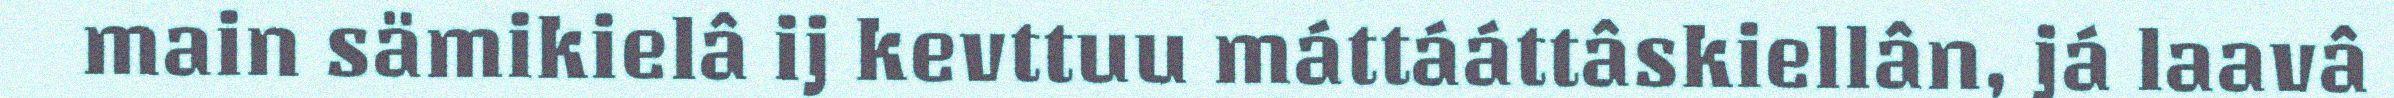
main sämikielâ ij kevttuu máttááttâskiellân, já laavâ